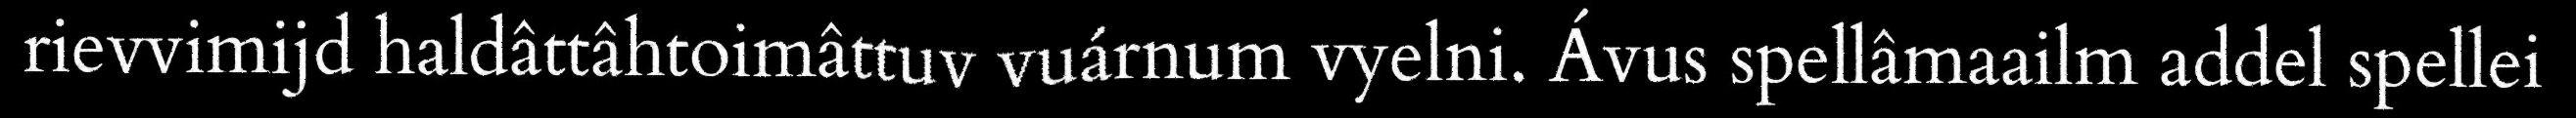
rievvimijd haldâttâhtoimâttuv vuárnum vyelni. Ávus spellâmaailm addel spellei